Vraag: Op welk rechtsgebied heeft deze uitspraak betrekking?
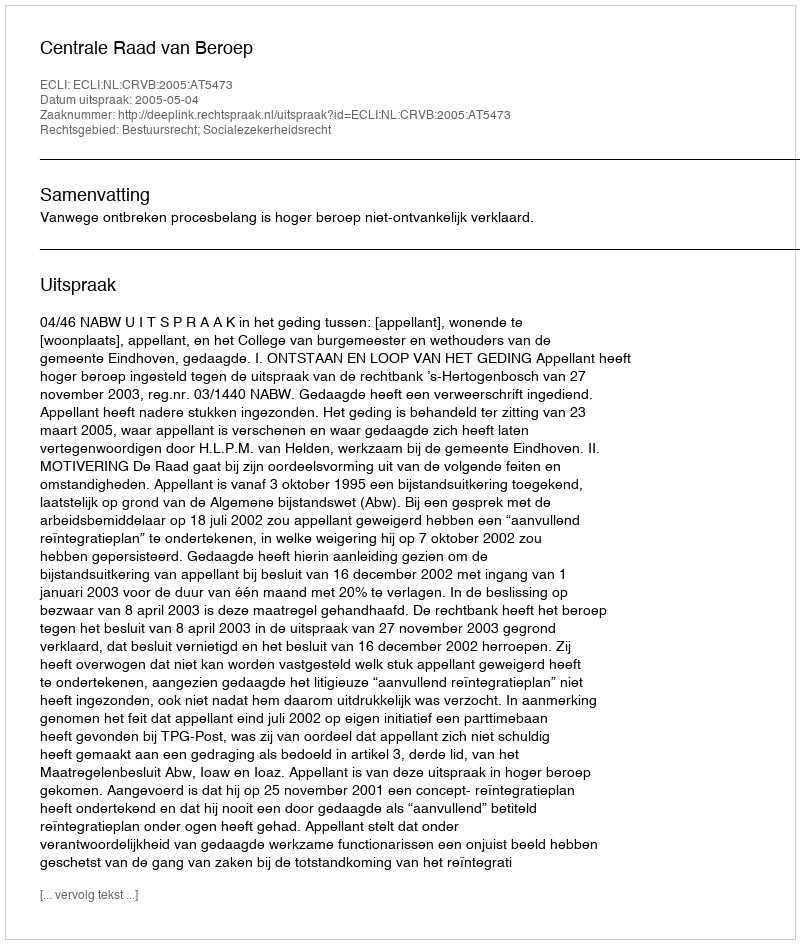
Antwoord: Bestuursrecht; Socialezekerheidsrecht